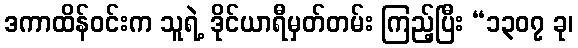
ဒကာထိန်ဝင်းက သူရဲ့ ဒိုင်ယာရီမှတ်တမ်း ကြည့်ပြီး “၁၃၀၇ ခု၊